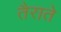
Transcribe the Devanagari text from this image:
तैराते